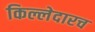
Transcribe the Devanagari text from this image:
किल्लेदारच